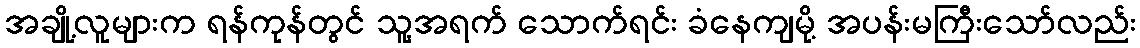
အချို့လူများက ရန်ကုန်တွင် သူ့အရက် သောက်ရင်း ခံနေကျမို့ အပန်းမကြီးသော်လည်း